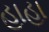
હાહા